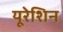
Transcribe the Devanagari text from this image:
यूरेशिन